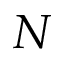
N